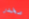
مخدر